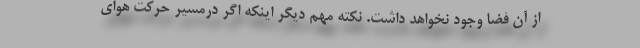
از آن فضا وجود نخواهد داشت. نکته مهم دیگر اینکه اگر درمسیر حرکت هوای